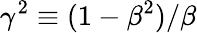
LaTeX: \gamma^{2}\equiv(1-\beta^{2})/\beta